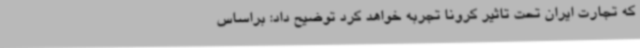
که تجارت ایران تحت تاثیر کرونا تجربه خواهد کرد توضیح داد: براساس